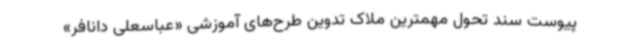
پیوست سند تحول مهمترین ملاک تدوین طرح‌های آموزشی «عباسعلی دانافر»